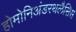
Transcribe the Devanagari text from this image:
होमोनिअंडरथलैसिस